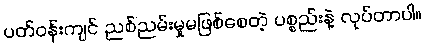
ပတ်ဝန်းကျင် ညစ်ညမ်းမှုမဖြစ်စေတဲ့ ပစ္စည်းနဲ့ လုပ်တာပါ။